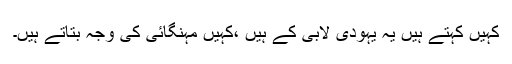
کہیں کہتے ہیں یہ یہودی لابی کے ہیں ،کہیں مہنگائی کی وجہ بتاتے ہیں۔